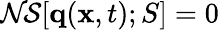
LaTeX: \mathcal{NS}[\mathbf{q}(\mathbf{x},t);S]=0